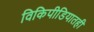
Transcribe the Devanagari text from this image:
विकिपीडियातही